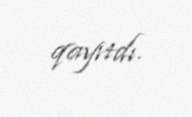
qayıtdı.